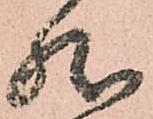
然